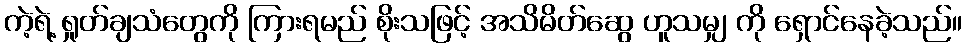
ကဲ့ရဲ့ ရှုတ်ချသံတွေကို ကြားရမည် စိုးသဖြင့် အသိမိတ်ဆွေ ဟူသမျှ ကို ရှောင်နေခဲ့သည်။